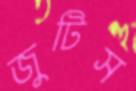
জুটিস